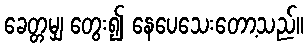
ခေတ္တမျှ တွေး၍ နေပေသေးတော့သည်။